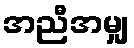
အညီအမျှ